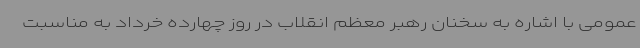
عمومی با اشاره به سخنان رهبر معظم انقلاب در روز چهارده خرداد به مناسبت